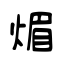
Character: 煝